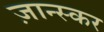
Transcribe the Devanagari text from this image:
ज़ान्स्कर